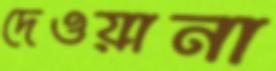
দেওয়ানা